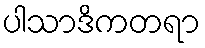
ပါသာဒိကတရာ